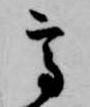
高